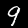
Digit: 9